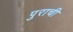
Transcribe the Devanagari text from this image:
पुराची